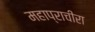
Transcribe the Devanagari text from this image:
महाप्राचीरा